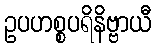
ဥပဟစ္စပရိနိဗ္ဗာယီ